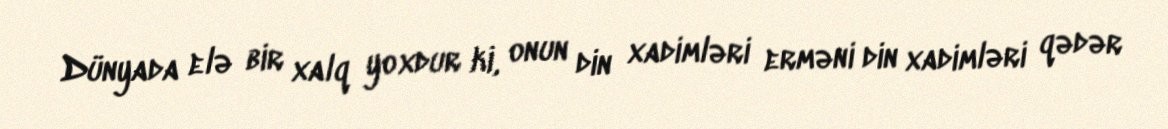
Dünyada elə bir xalq yoxdur ki, onun din xadimləri erməni din xadimləri qədər